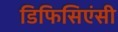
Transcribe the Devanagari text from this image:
डिफिसिएंसी